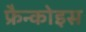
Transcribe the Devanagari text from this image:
फ्रैन्कोइस